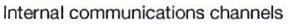
Internal communications channels